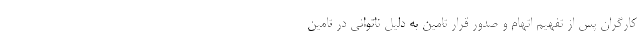
کارگران پس از تفهیم اتهام و صدور قرار تامین به دلیل ناتوانی در تامین